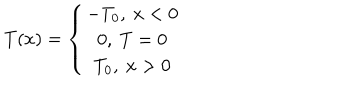
LaTeX: T ( x ) = \left\{ \begin{array} { c c c } { { - T _ { 0 } , \ x < 0 } } \\ { { 0 , \ T = 0 } } \\ { { T _ { 0 } , \ x > 0 } } \\ \end{array} \right.